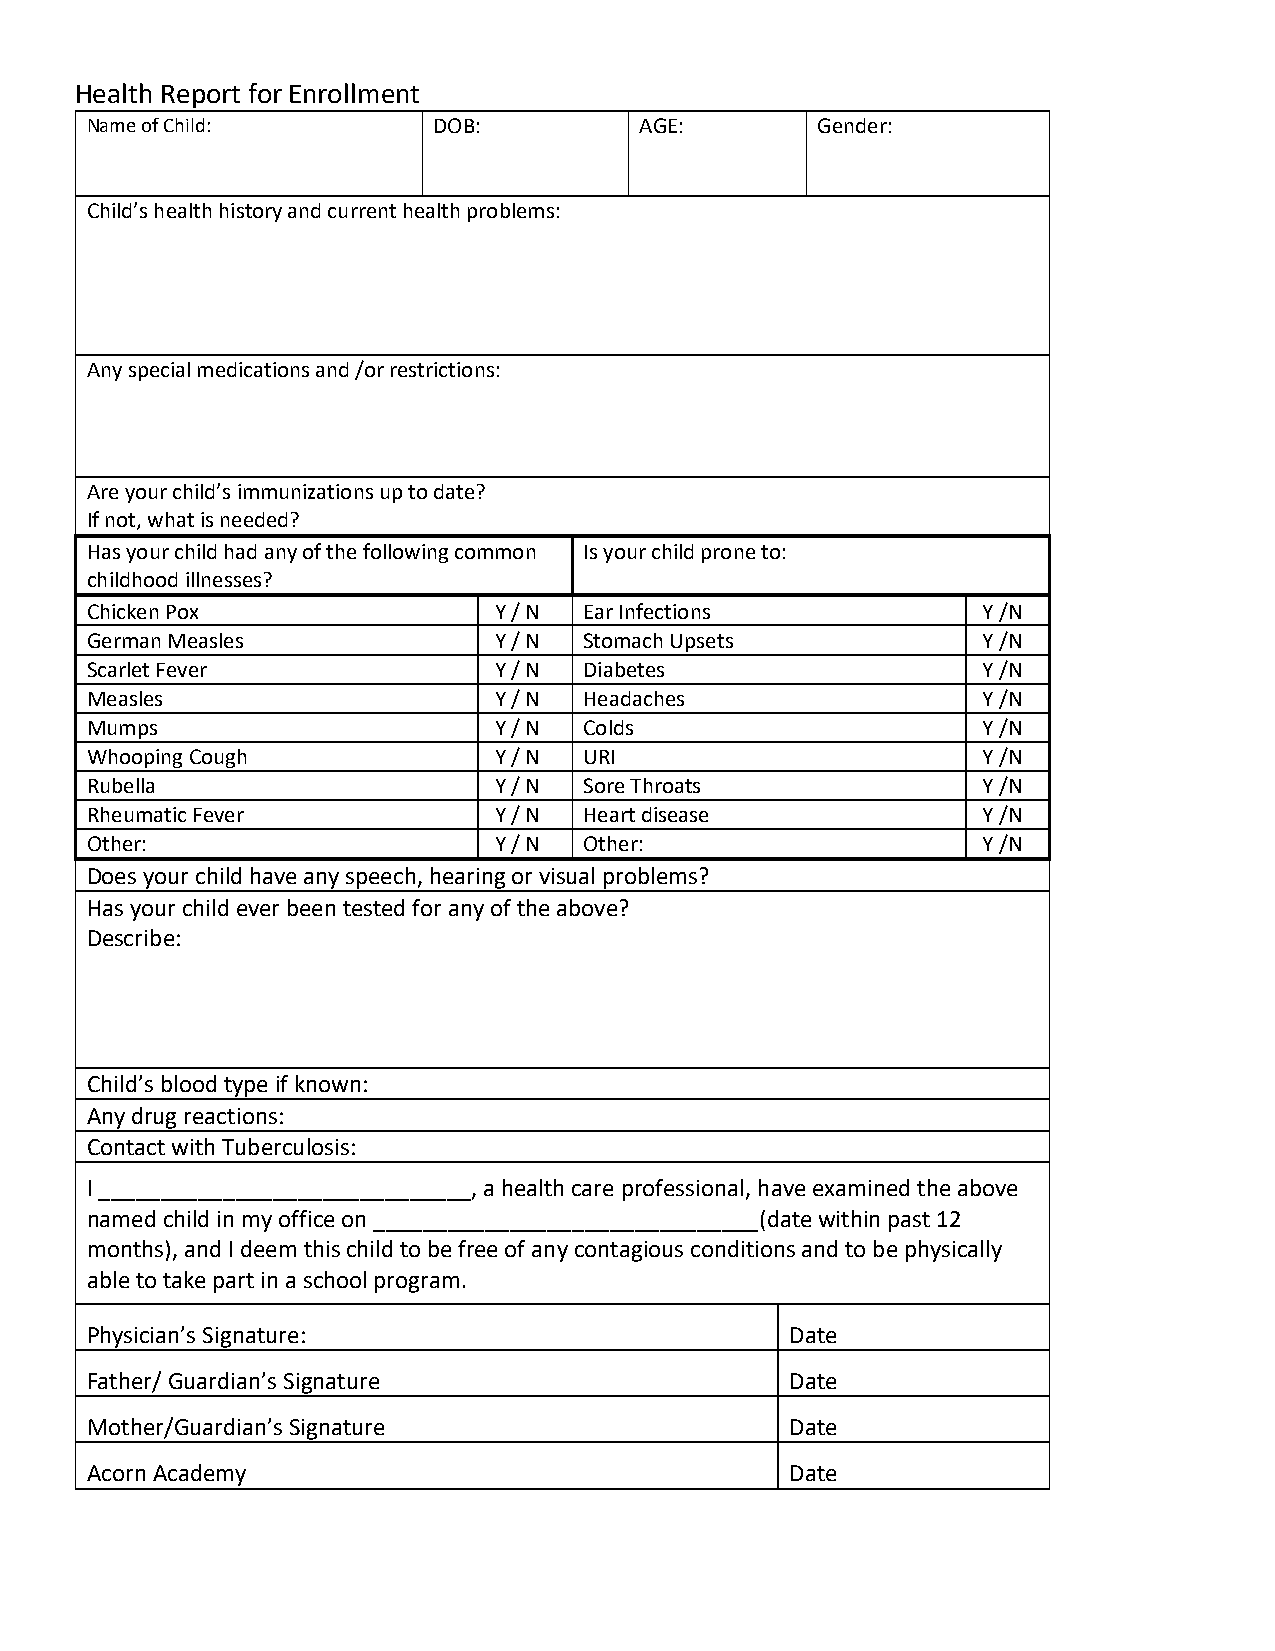
Health Report for Enrollment
 Name of Child:         DOB:         AGE:        Gender:
 Child’s health history and current health problems:
 Any special medications and /or restrictions:
 Are your child’s immunizations up to date?
 If not, what is needed?
 Has your child had any of the following common Is your child prone to:
 childhood illnesses?
 Chicken Pox                Y / N Ear Infections            Y /N
 German Measles             Y / N Stomach Upsets            Y /N
 Scarlet Fever              Y / N Diabetes                  Y /N
 Measles                    Y / N Headaches                 Y /N
 Mumps                      Y / N Colds                     Y /N
 Whooping Cough             Y / N URI                       Y /N
 Rubella                    Y / N Sore Throats              Y /N
 Rheumatic Fever            Y / N Heart disease             Y /N
 Other:                     Y / N Other:                    Y /N
 Does your child have any speech, hearing or visual problems?
 Has your child ever been tested for any of the above?
 Describe:
 Child’s blood type if known:
 Any drug reactions:
 Contact with Tuberculosis:
 I ______________________________, a health care professional, have examined the above
 named child in my office on _______________________________(date within past 12
 months), and I deem this child to be free of any contagious conditions and to be physically
 able to take part in a school program.
 Physician’s Signature:                        Date
 Father/ Guardian’s Signature                  Date
 Mother/Guardian’s Signature                   Date
 Acorn Academy                                 Date